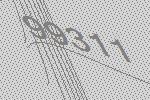
99311